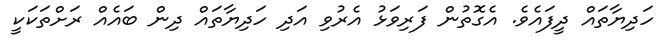
ހަދިޔާތައް ދީފައެވެ. އެގޮތުން ފަރިވަޅު އެރުވި އަދި ހަދިޔާތައް ދިން ބައެއް ރަށްތަކަކީ